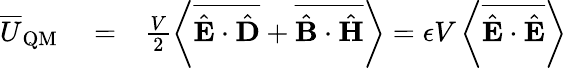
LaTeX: \begin{array}{rlr}{\overline{{U}}_{\mathrm{QM}}}&{{}=}&{\frac{V}{2}\left\langle\overline{{\hat{{\mathbf E}}\cdot\hat{{\mathbf D}}}}+\overline{{\hat{{\mathbf B}}\cdot\hat{{\mathbf H}}}}\right\rangle=\epsilon V\left\langle\overline{{\hat{{\mathbf E}}\cdot\hat{{\mathbf E}}}}\right\rangle}\end{array}